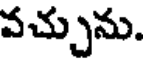
వచ్చును.